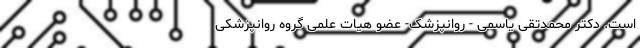
است. دکتر محمدتقی یاسمی - روانپزشک- عضو هیات علمی گروه روانپزشکی